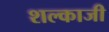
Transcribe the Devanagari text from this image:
शल्काजी